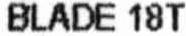
BLADE 18T